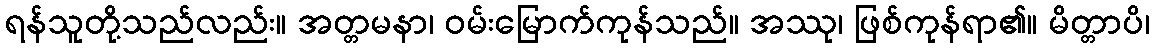
ရန်သူတို့သည်လည်း။ အတ္တမနာ၊ ဝမ်းမြောက်ကုန်သည်။ အဿု၊ ဖြစ်ကုန်ရာ၏။ မိတ္တာပိ၊